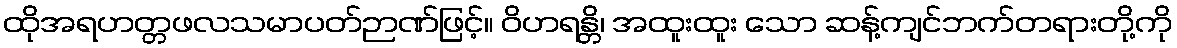
ထိုအရဟတ္တဖလသမာပတ်ဉာဏ်ဖြင့်။ ဝိဟရန္တိ၊ အထူးထူး သော ဆန့်ကျင်ဘက်တရားတို့ကို